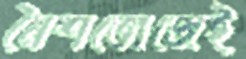
নৈশভোজেই